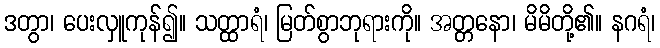
ဒတွာ၊ ပေးလှူကုန်၍။ သတ္ထာရံ၊ မြတ်စွာဘုရားကို။ အတ္တနော၊ မိမိတို့၏။ နဂရံ၊